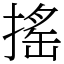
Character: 搖